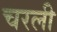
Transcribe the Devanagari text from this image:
चरली